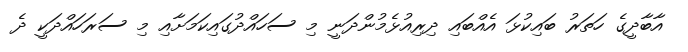
އާބާދީގެ ހަތަރު ބައިކުޅަ އެއްބައި ދިރިއުޅެމުންދަނީ މި ސަހައްދުގައިކަމަށާއި މި ސަރަހައްދަކީ ދެ